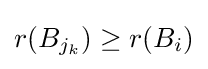
r(B_{j_{k}})\geq r(B_{i})